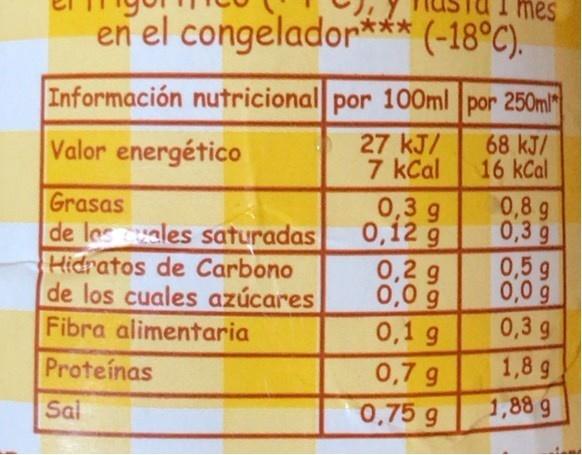
I mes
en el congelador*** (-18°C).
Información nutricional por 100ml 250ml
por
27 kJ/ 7 kCal 0,3 g 0,12 g 0,2 g 0,0 g
Valor energético
68 kJ/ 16 kCal
Grasas de lesales saturadas Hidratos de Carbono de los cuales azúcares Fibra alimentaria
0,8 g 0,3 g 0,5 g 0,0 g
0,3 g 1,8 g 1,88 g
0,1 g
Proteinas
0,7 g
Sal
0,75 g